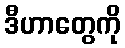
ဒီဟာတွေကို